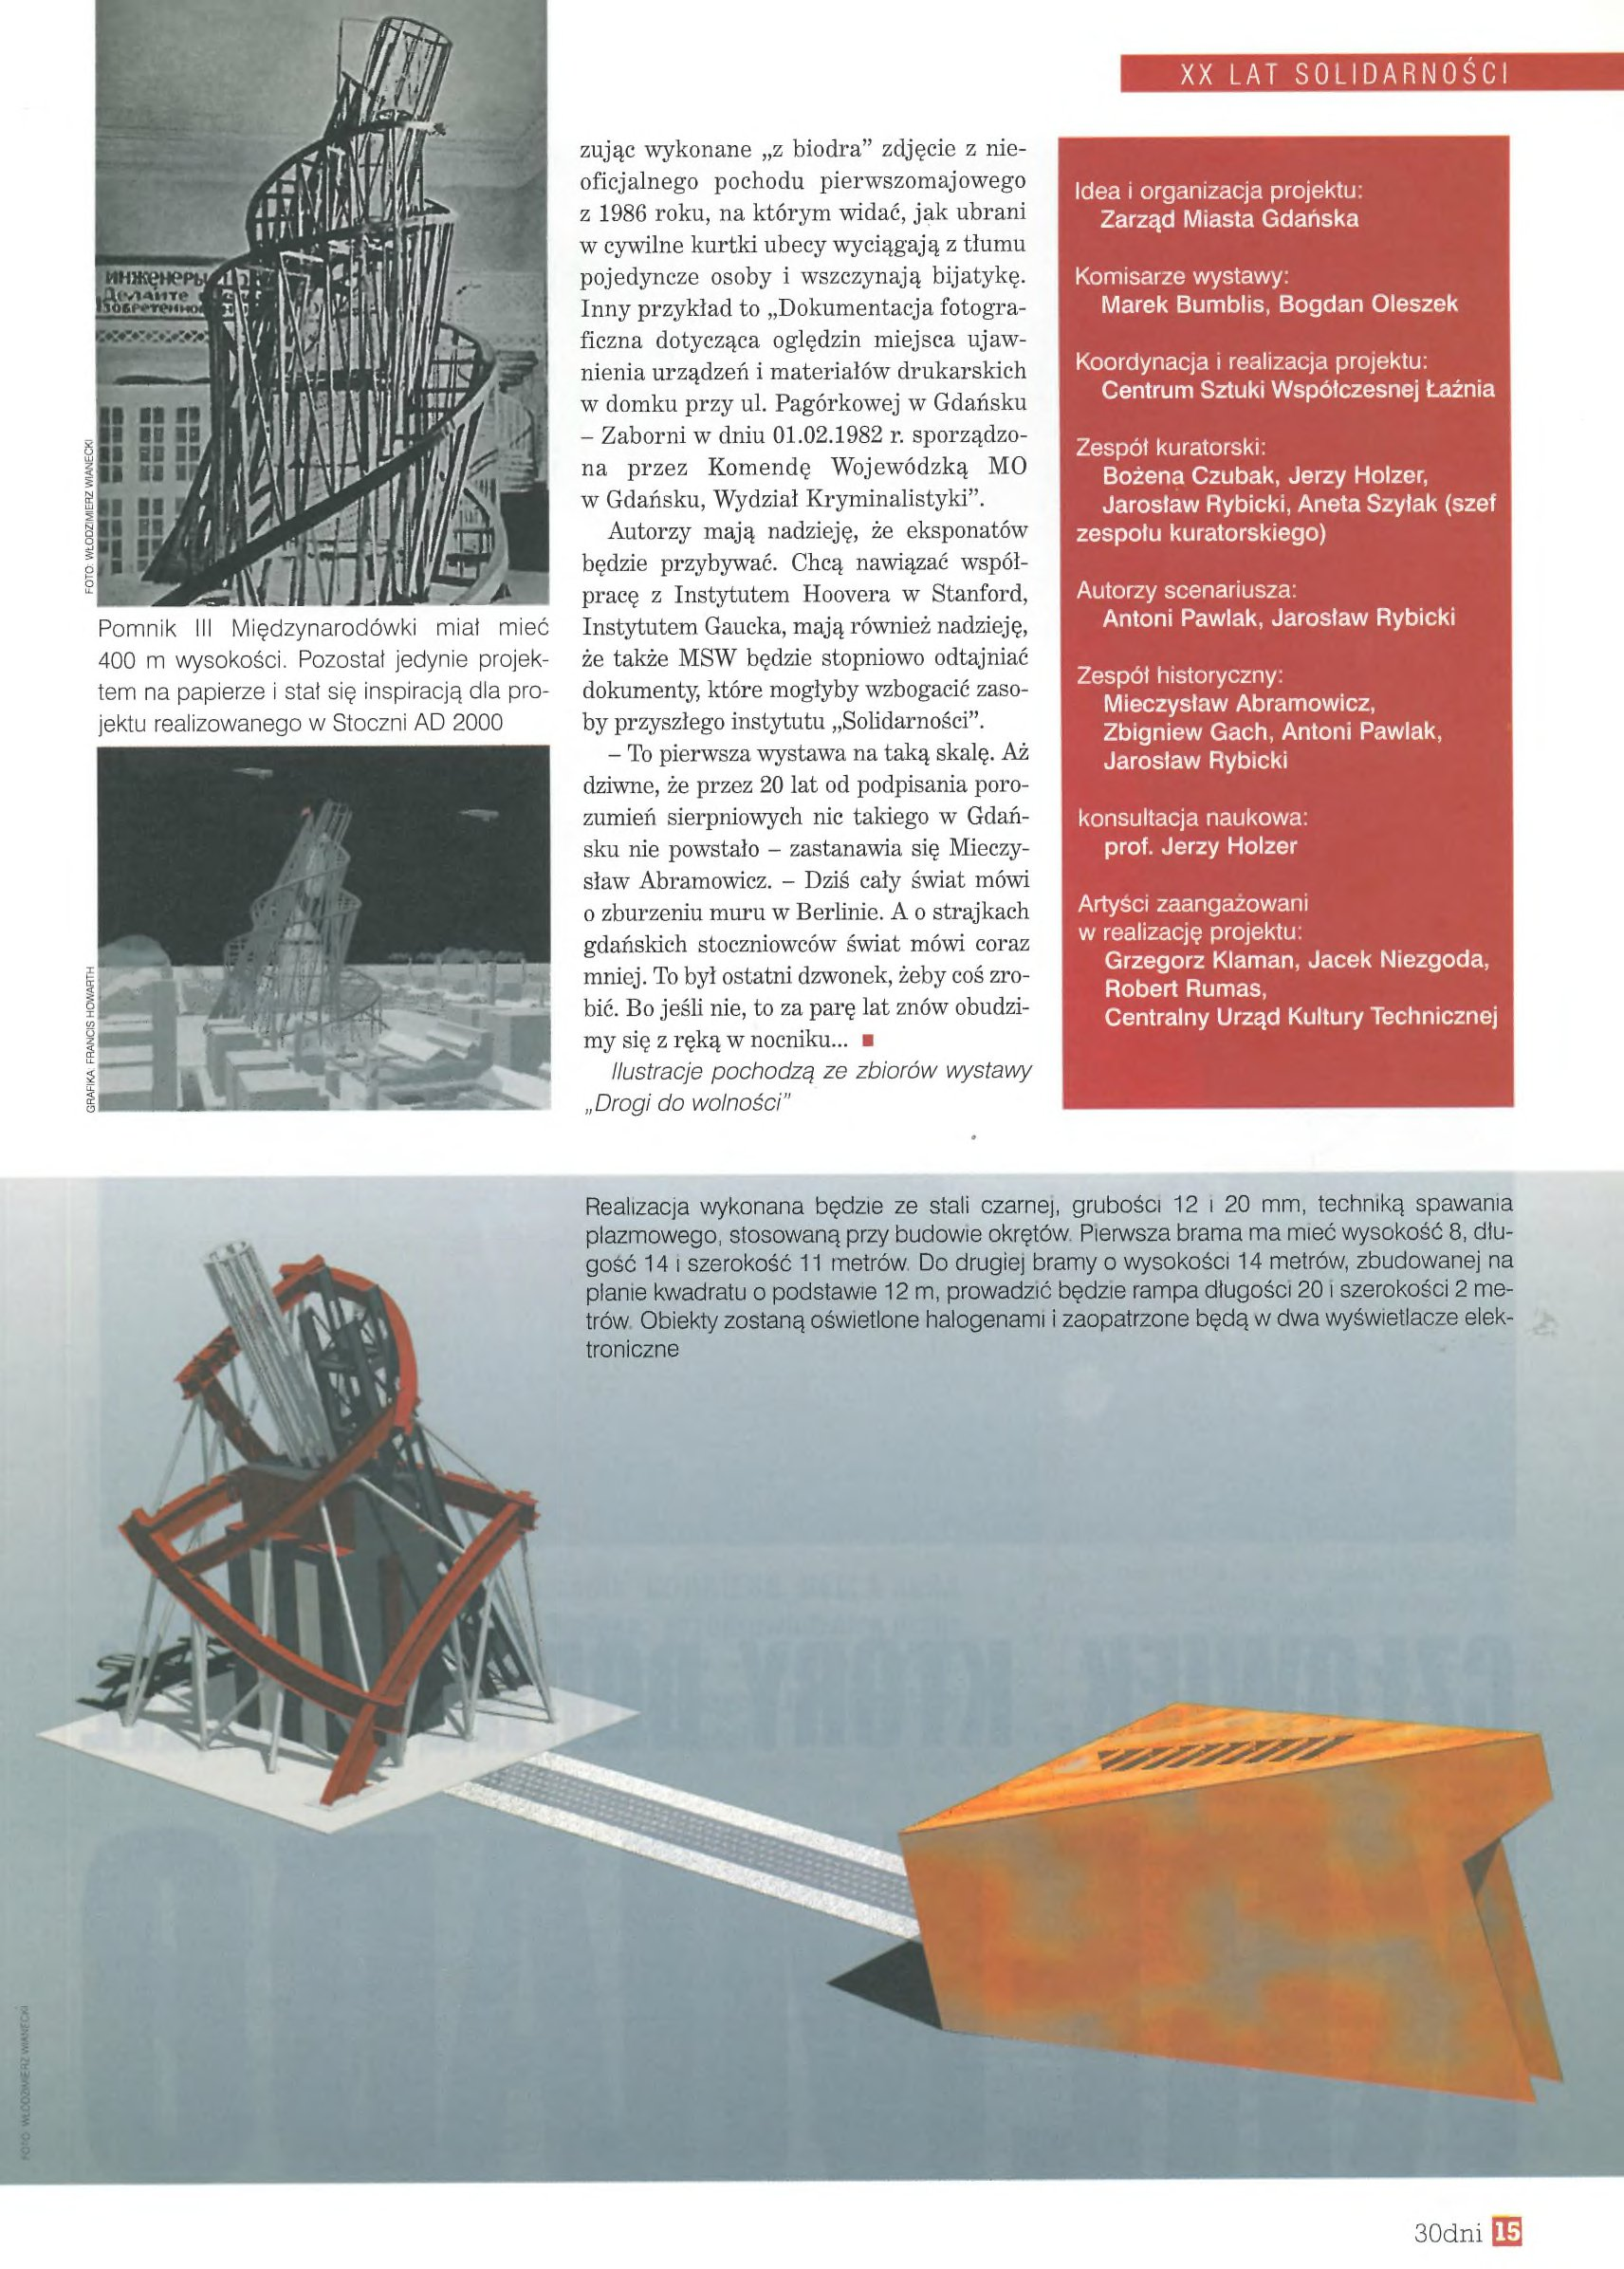
Language: pl